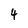
Character: 4